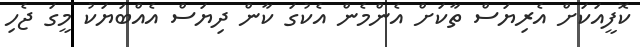
ކޮފީއަކަށް އެރިޔަސް ތާކަށް އެންމެން އެކުގަ ކާން ދިޔަސް އެއްބަޔަކު މީގަ ޖެހި